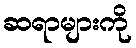
ဆရာများကို